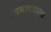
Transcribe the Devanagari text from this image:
स्वभाववाला